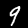
Digit: 9